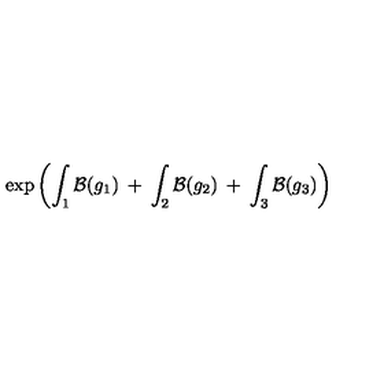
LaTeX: \exp \left( \int _ { 1 } { \cal B } ( g _ { 1 } ) \: + \: \int _ { 2 } { \cal B } ( g _ { 2 } ) \: + \: \int _ { 3 } { \cal B } ( g _ { 3 } ) \right)